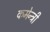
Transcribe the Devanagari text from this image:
कमेन्ट्री